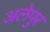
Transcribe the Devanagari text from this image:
अलेपुर